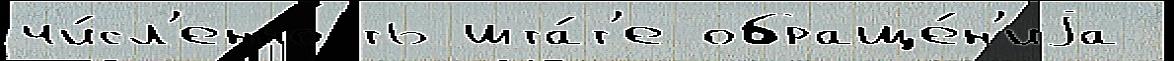
чи́сл'енность шта́т'е обраще́н'иjа